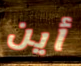
أين